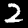
Label: 2